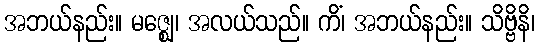
အဘယ်နည်း။ မဇ္ဈေ၊ အလယ်သည်။ ကိံ၊ အဘယ်နည်း။ သိဗ္ဗိနိ၊